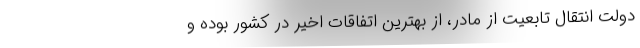
دولت انتقال تابعیت از مادر، از بهترین اتفاقات اخیر در کشور بوده و